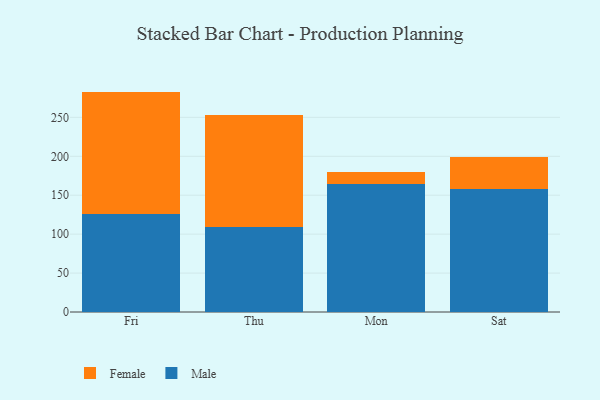
{"axis": {"x": "Day", "y": "Website Visitors"}, "legend": ["Female", "Male"], "data": [{"x": "Fri", "y": 125.5, "type": "Male"}, {"x": "Fri", "y": 157.6, "type": "Female"}, {"x": "Thu", "y": 109.1, "type": "Male"}, {"x": "Thu", "y": 143.5, "type": "Female"}, {"x": "Mon", "y": 163.8, "type": "Male"}, {"x": "Mon", "y": 15.5, "type": "Female"}, {"x": "Sat", "y": 157.8, "type": "Male"}, {"x": "Sat", "y": 40.8, "type": "Female"}]}